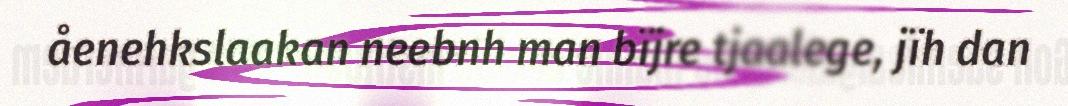
åenehkslaakan neebnh man bïjre tjaalege, jïh dan